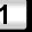
Digit: 1